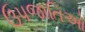
ઉપજાતિઓ